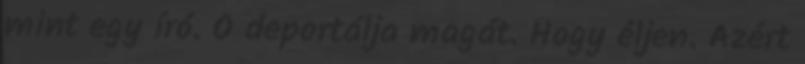
mint egy író. Ő deportálja magát. Hogy éljen. Azért